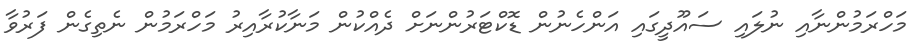
މަހްރަމުންނާއި ނުލައި ސައޫދީގައި އަންހެނުން ޑޮކްޓަރުންނަށް ދެއްކުން މަނާކުރާއިރު މަހްރަމުން ނެތިގެން ފަރުވާ